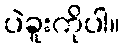
ပဲခူးကိုပါ။